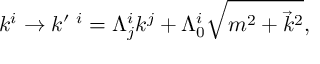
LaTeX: k ^ { i } \rightarrow k ^ { \prime \ i } = \Lambda _ { j } ^ { i } k ^ { j } + \Lambda _ { 0 } ^ { i } \sqrt { m ^ { 2 } + { \vec { k } } ^ { 2 } } ,